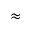
\approx